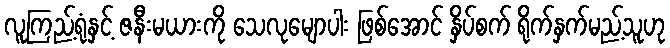
လူကြည့်ရုံနှင့် ဇနီးမယားကို သေလုမျောပါး ဖြစ်အောင် နှိပ်စက် ရိုက်နှက်မည့်သူဟု